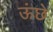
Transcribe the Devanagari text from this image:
ऊंछे